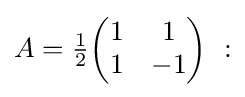
A={\tfrac {1}{2}}{\begin{pmatrix}1&1\\1&-1\end{pmatrix}}\ :